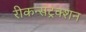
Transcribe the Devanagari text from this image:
रीकन्सट्रक्शन